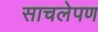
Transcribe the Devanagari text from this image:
साचलेपण